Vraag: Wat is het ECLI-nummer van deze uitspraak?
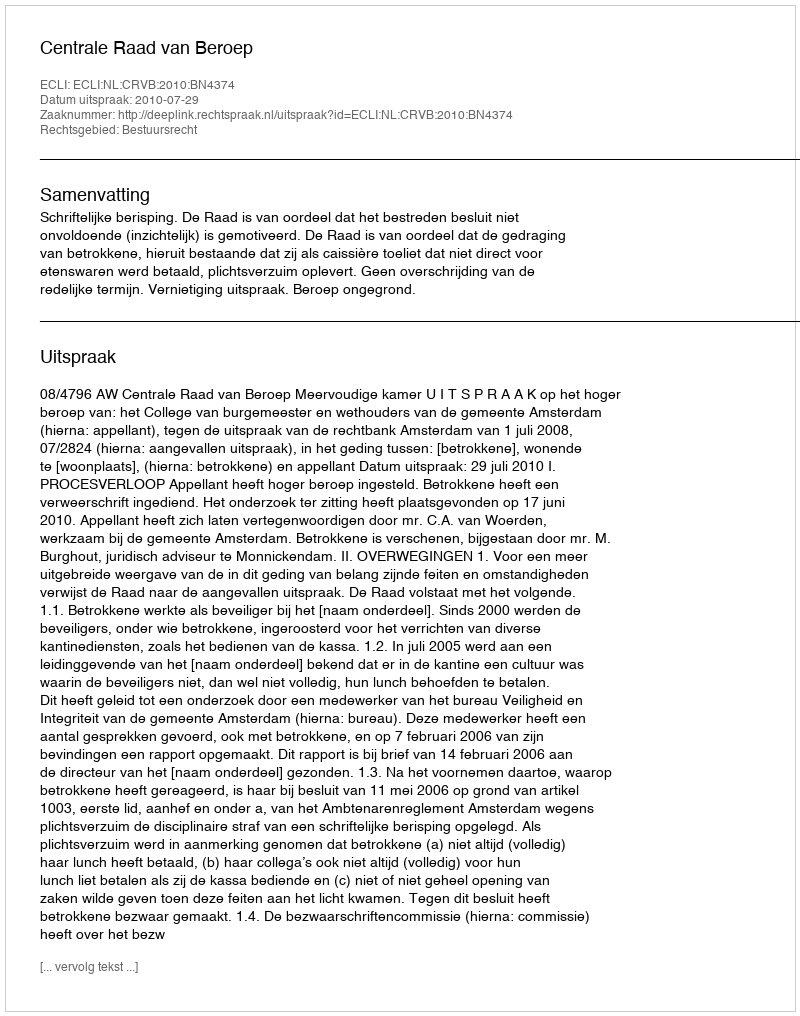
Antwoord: ECLI:NL:CRVB:2010:BN4374